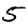
Digit: 5